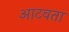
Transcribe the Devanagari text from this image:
आटवता